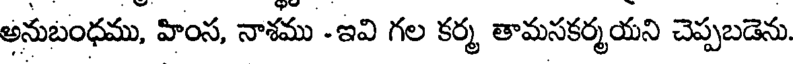
అనుబంధము, హింస, నాశము -ఇవి గల కర్మ తామసకర్మయని చెప్పబడెను.